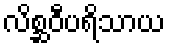
လိစ္ဆဝီပရိသာယ